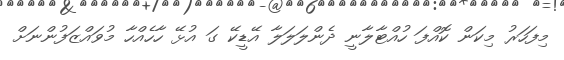
މިފަހަރު މިކަން ކޮއްފަ ހުއްޓާލާނީ ދެންލަލަލާ އޭޑީކޭ ގަ އުޅޭ ހާހެއްހާ މުވައްޒަފުންނަށް